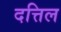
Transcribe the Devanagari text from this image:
दत्तिल